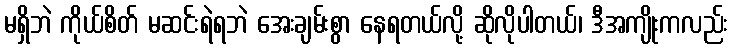
မရှိဘဲ ကိုယ်စိတ် မဆင်းရဲရဘဲ အေးချမ်းစွာ နေရတယ်လို့ ဆိုလိုပါတယ်၊ ဒီအကျိုးကလည်း